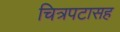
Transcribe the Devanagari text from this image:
चित्रपटासह